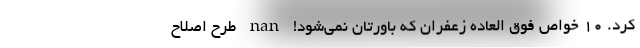
کرد. 10 خواص فوق العاده زعفران که باورتان نمی‌شود! nan طرح اصلاح